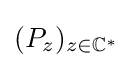
(P_{z})_{z\in \mathbb {C} ^{*}}